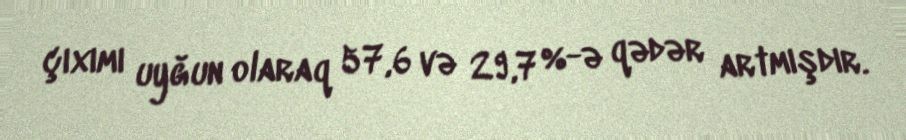
çıxımı uyğun olaraq 57,6 və 29,7 %-ə qədər artmışdır.